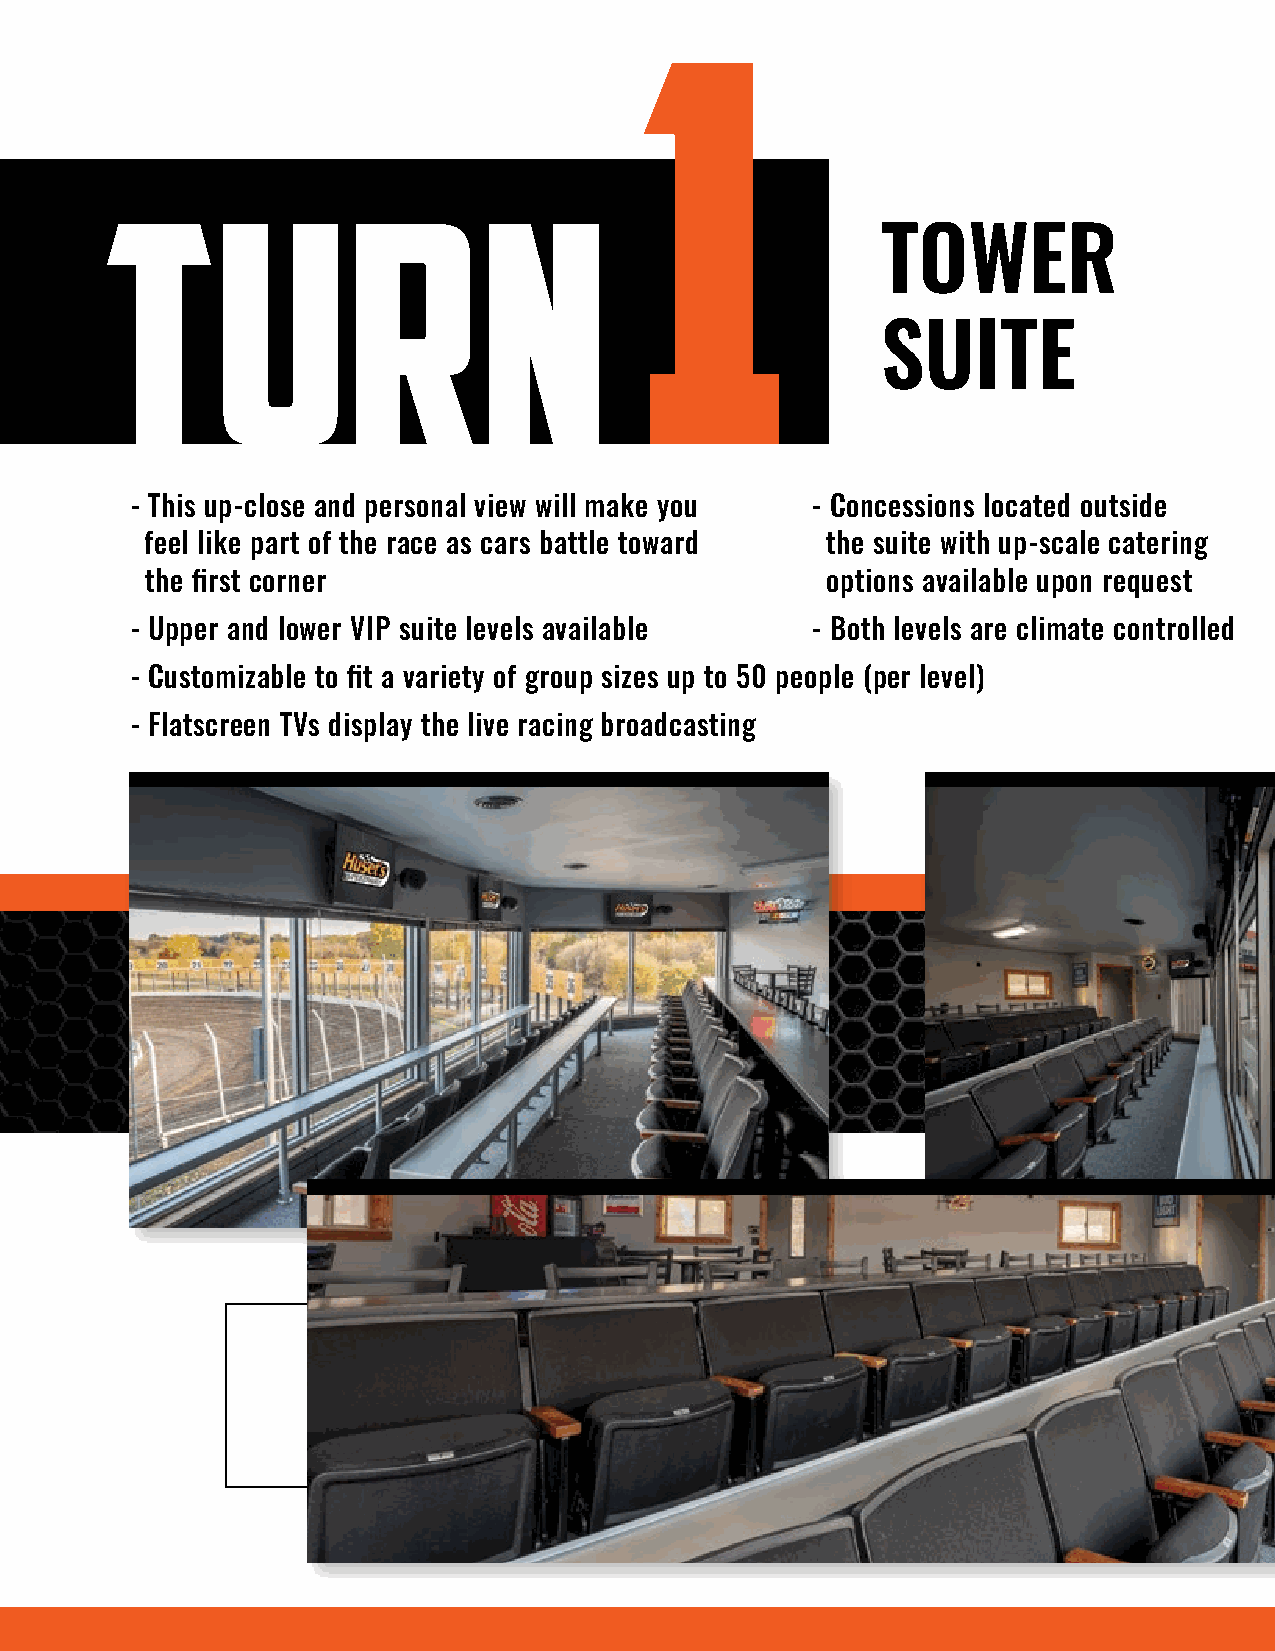
1
 Turn
 TOWER
 SUITE
 - This up-close and personal view will make you - Concessions located outside
 feel like part of the race as cars battle toward the suite with up-scale catering
 the first corner                             options available upon request
 - Upper and lower VIP suite levels available - Both levels are climate controlled
 - Customizable to fit a variety of group sizes up to 50 people (per level)
 - Flatscreen TVs display the live racing broadcasting
 nruT